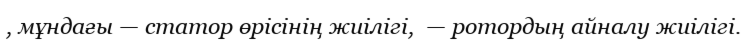
, мұндағы — статор өрісінің жиілігі,  — ротордың айналу жиілігі.